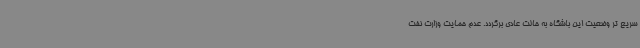
سریع تر وضعیت این باشگاه به حالت عادی برگردد. عدم حمایت وزارت نفت